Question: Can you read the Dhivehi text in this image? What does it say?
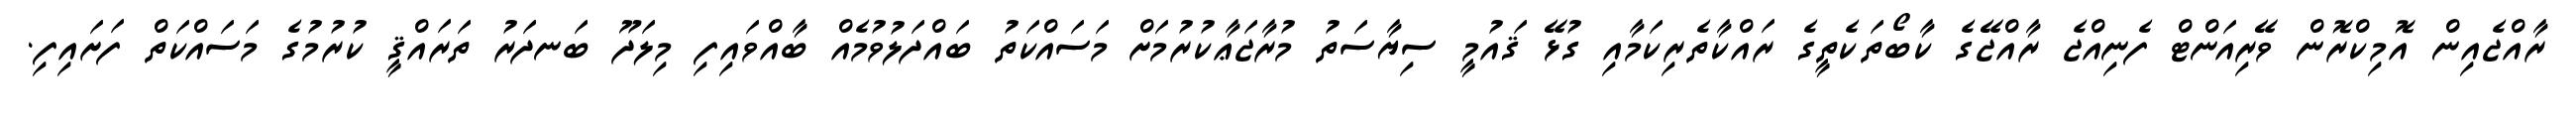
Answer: ރާއްޖެއިން އޮމިކްރޮން ވޭރިއަންޓް ފެނިއްޖެ ރާއްޖޭގެ ކާބޯތަކެތީގެ ރައްކާތެރިކަމާއި ގުޅޭ ޤައުމީ ސިޔާސަތު މުރާޖަޢާކުރުމަށް މަސައްކަތު ބައްދަލުވުމެއް ބާއްވައިފި މިލަދޫ ބަނދަރު ތަރައްޤީ ކުރުމުގެ މަސައްކަތް ފަށައިފި.